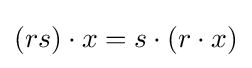
(rs)\cdot x=s\cdot (r\cdot x)